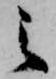
之